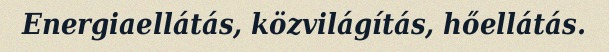
Energiaellátás, közvilágítás, hőellátás.